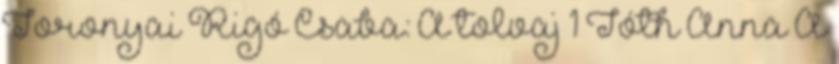
Toronyai Rigó Csaba: A tolvaj 1 Tóth Anna A